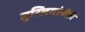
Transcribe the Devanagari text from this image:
मुस्लिमांनीही